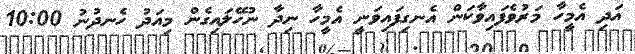
އަދި އެމީހާ މަރުވެފައިވާކަން އެނގިފައިވަނީ އެމީހާ ނިދާ ނުހޭލައިގެން މިއަދު ހެނދުނު 10:00